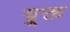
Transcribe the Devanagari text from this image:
यूक्त